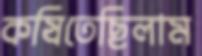
কষিতেছিলাম